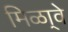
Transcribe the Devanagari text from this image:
मिळा्वे